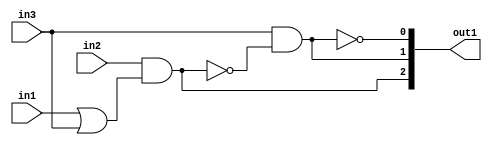
`timescale 1ps / 1ps
/*****************************************************************************
    Verilog RTL Description
    
    
    Created by: Stratus DpOpt 2019.1.01 
*******************************************************************************/

module ColorTransform_gen_busy_r_1 (
	in1,
	in2,
	in3,
	out1
	); /* architecture "behavioural" */ 
input  in1,
	in2,
	in3;
output [2:0] out1;
wire  asc004,
	asc005,
	asc007,
	asc009;
wire [2:0] asc010;

assign asc005 = 
	(in1)
	|(in3);

assign asc004 = 
	(in2)
	&(asc005);

assign asc007 = 
	(in3)
	&((~asc004));

assign asc009 = 
	((~asc007));

assign asc010 = {asc004,asc007,asc009};

assign out1 = asc010;
endmodule

/* CADENCE  uLnyQgs= : u9/ySgnWtBlWxVPRXgAZ4Og= ** DO NOT EDIT THIS LINE ******/